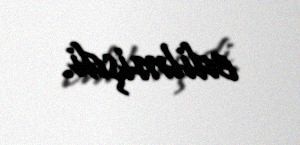
edilmişdi.